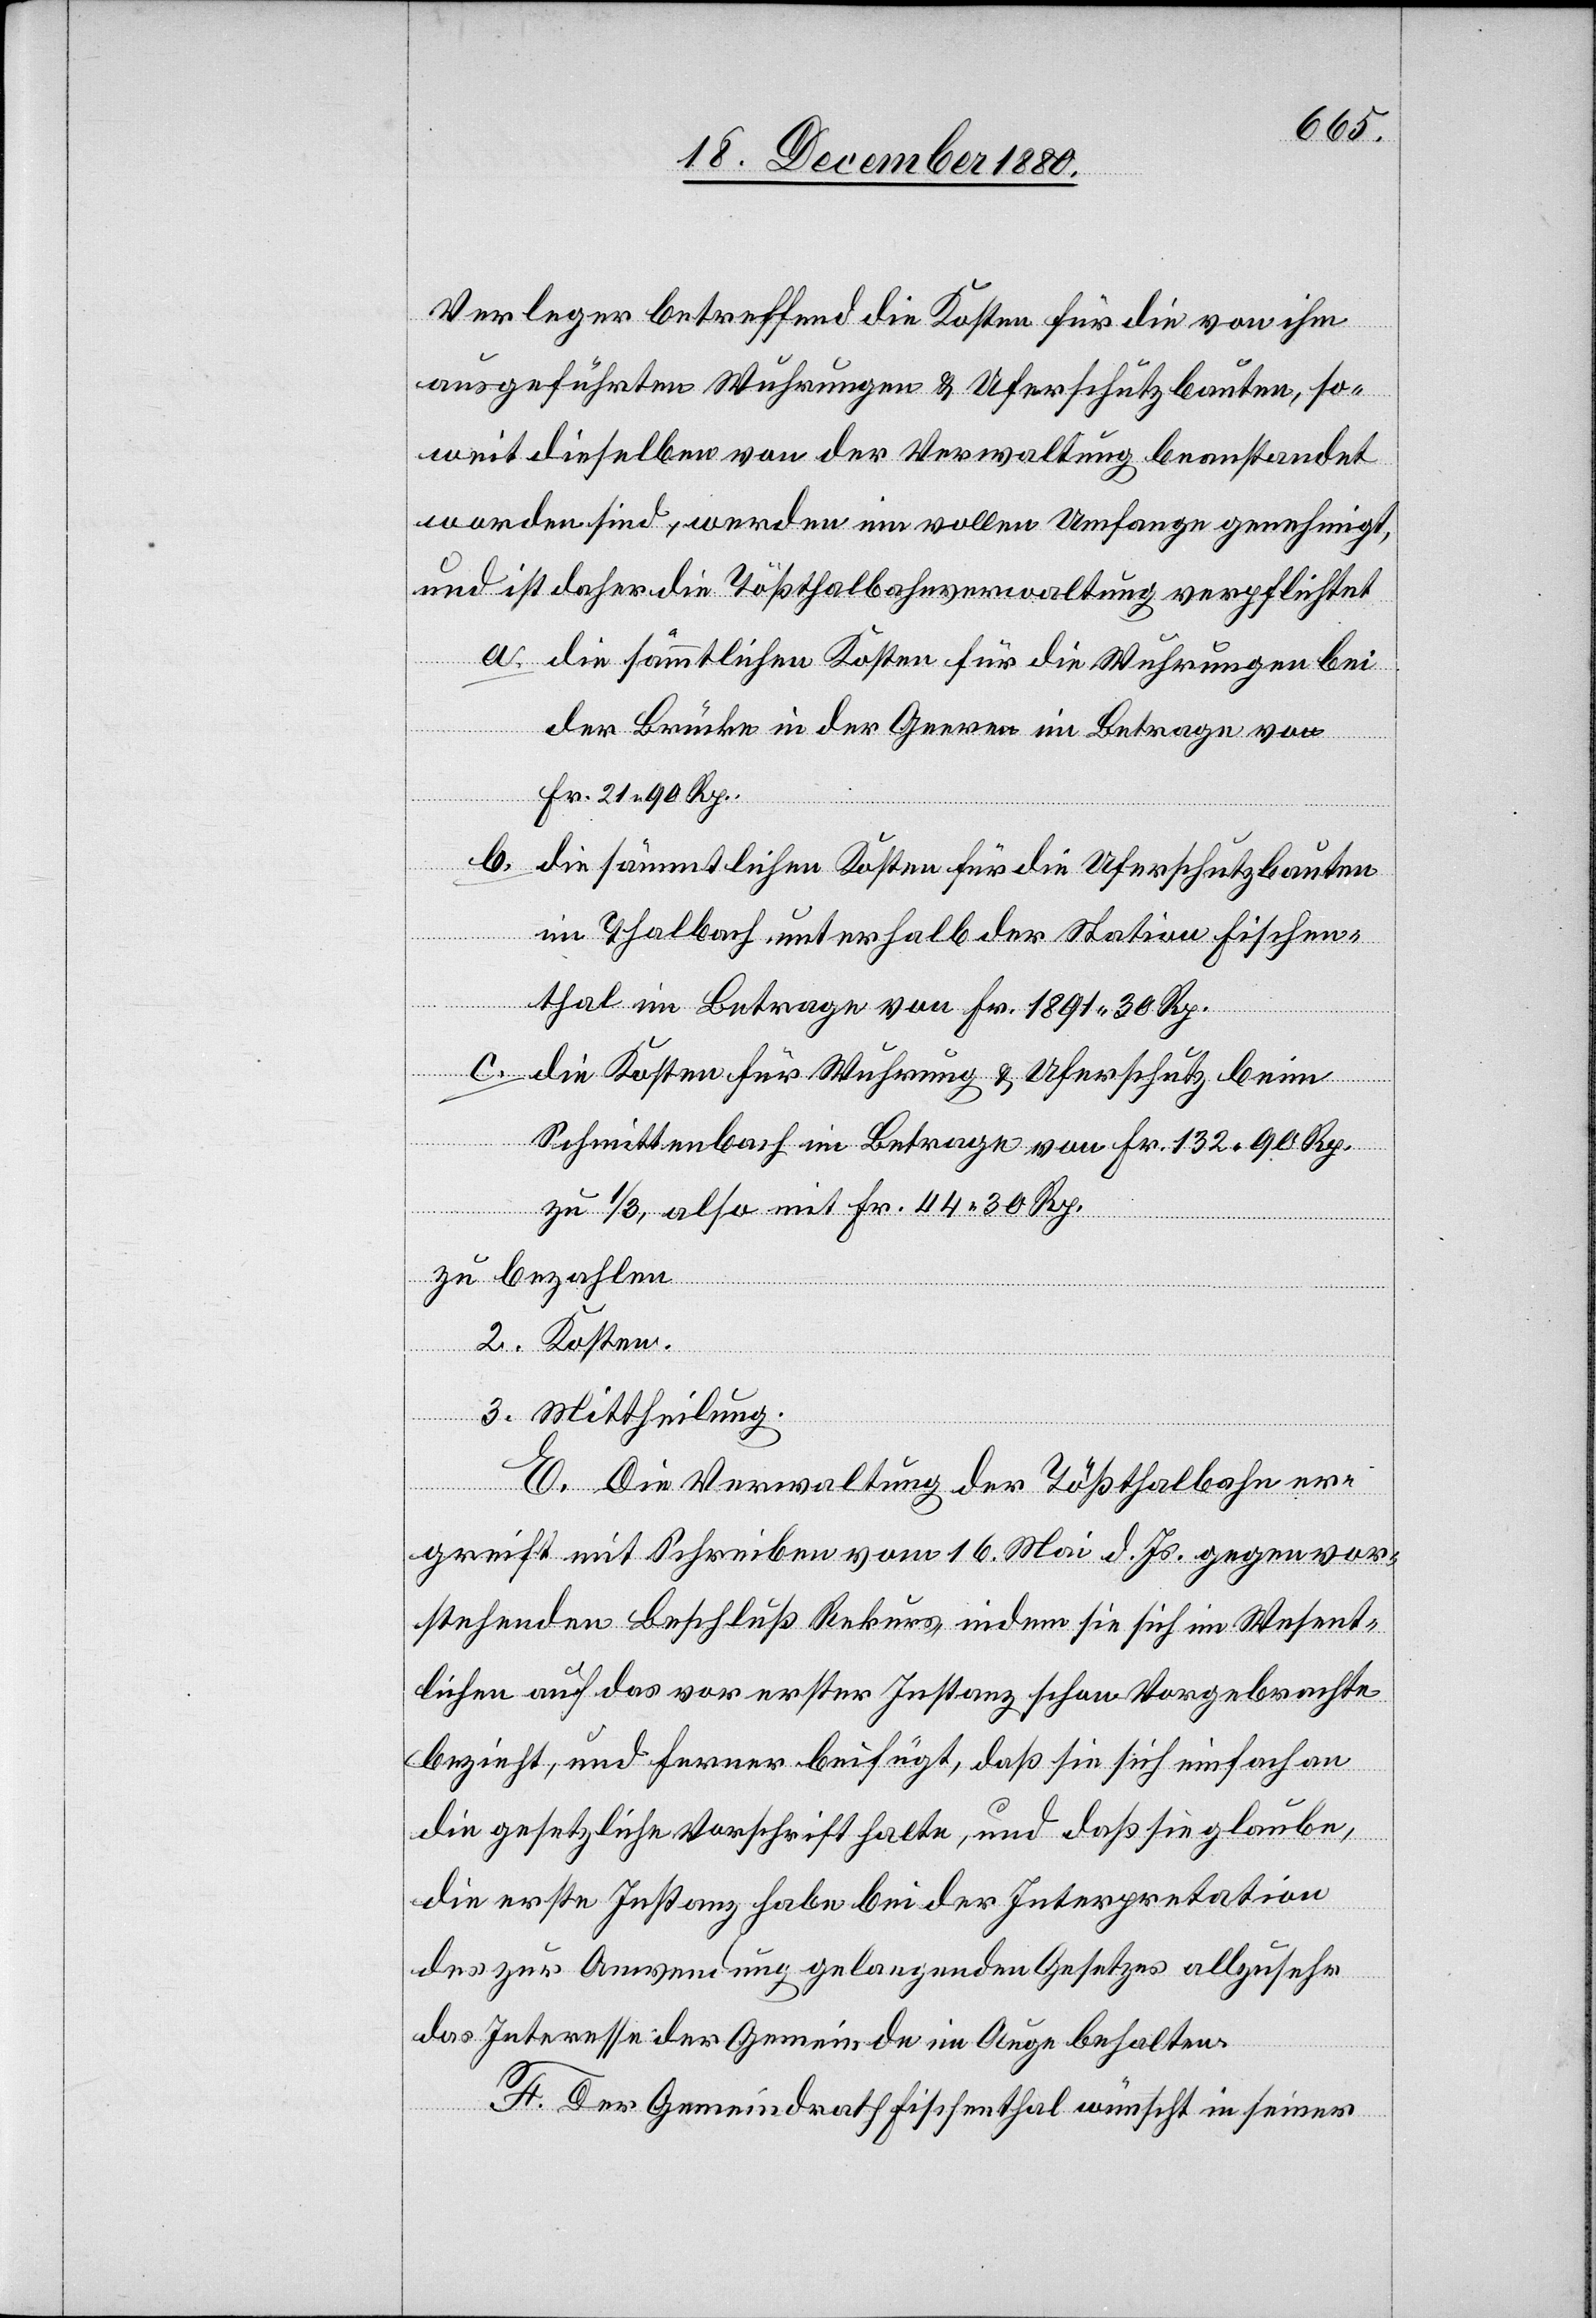
Verleger betreffend die Kosten für die von ihm
ausgeführten Wuhrungen & Uferschutzbauten, so¬
weit dieselben von der Verwaltung beanstandet
worden sind, werden im vollen Umfange genehmigt,
und ist daher die Tößthalbahnverwaltung verpflichtet
a. die sämmtlichen Kosten für die Wuhrungen bei
der Brücke in der Geeren im Betrage von
Fr. 21 90 Rp.
b. die sämmtlichen Kosten für die Uferschutzbauten
im Thalbach unterhalb der Station Fischen¬
thal im Betrage von Fr. 1891 30 Rp.
c. die Kosten für Wuhrung & Uferschutz beim
Schmittenbach im Betrage von Fr. 132 90 Rp.
zu 1/3, also mit Fr. 44 30 Rp.
zu bezahlen
2. Kosten.
3. Mittheilung.
E. Die Verwaltung der Tößthalbahn er¬
greift mit Schreiben vom 16. Mai d. Js. gegen vor¬
stehenden Beschluß Rekurs indem sie sich im Wesent¬
lichen auf das vor erster Instanz schon Vorgebrachte
bezieht, und ferner beifügt, daß sie sich einfach an
die gesetzliche Vorschrift halte, und daß sie glaube,
die erste Instanz habe bei der Interpretation
des zur Anwendung gelangenden Gesetzes allzusehr
das Interesse der Gemeinde im Auge behalten.
F. Der Gemeindrath Fischenthal wünscht in seiner